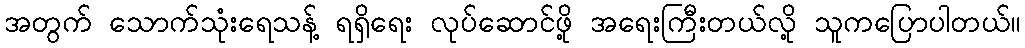
အတွက် သောက်သုံးရေသန့် ရရှိရေး လုပ်ဆောင်ဖို့ အရေးကြီးတယ်လို့ သူကပြောပါတယ်။